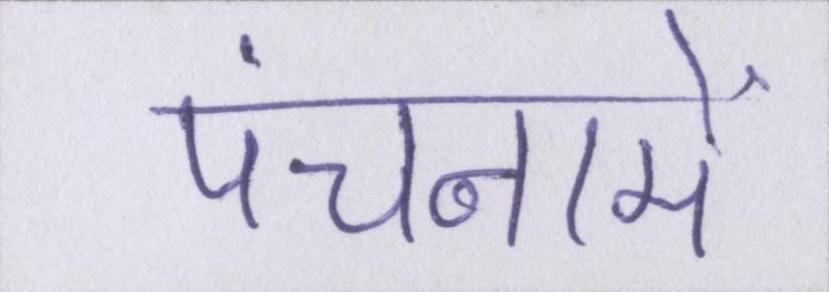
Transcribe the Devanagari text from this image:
पंचनामें